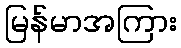
မြန်မာအကြား